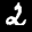
Label: 2